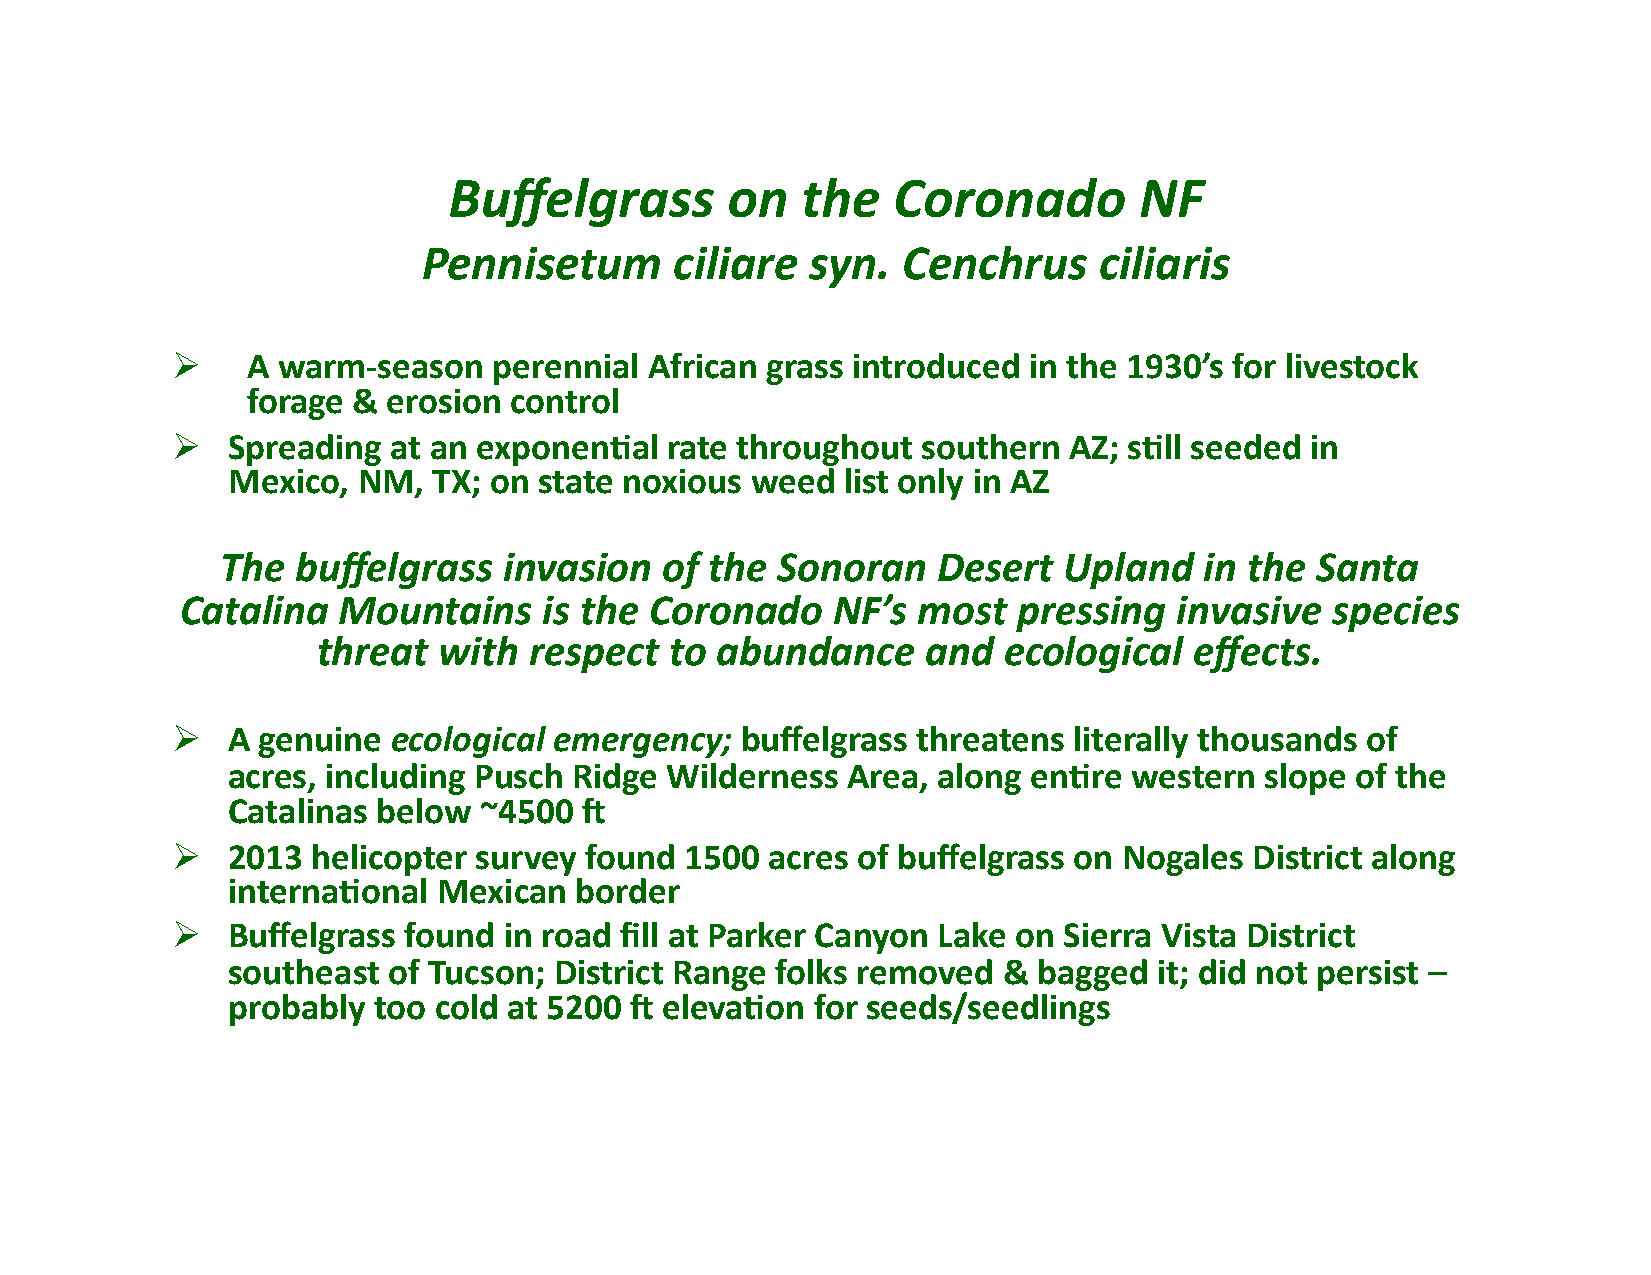
Buffelgrass       on   the   Coronado        NF
 Pennisetum       ciliare  syn.  Cenchrus     ciliaris
 !    A warm-­‐season  perennial African grass introduced in the 1930’s for livestock
 forage &  erosion control
 !   Spreading  at an exponen)al  rate throughout  southern  AZ; s)ll seeded in
 Mexico,  NM,  TX; on state noxious weed  list only in AZ
 The  buffelgrass  invasion   of the Sonoran    Desert  Upland    in the Santa
 Catalina  Mountains     is the Coronado    NF’s  most  pressing   invasive  species
 threat  with  respect  to abundance     and  ecological   effects.
 !   A genuine  ecological emergency;  buffelgrass threatens literally thousands of
 acres, including Pusch Ridge Wilderness  Area, along en)re  western  slope of the
 Catalinas below  ~4500  S
 !   2013  helicopter survey found 1500  acres of buffelgrass on Nogales District along
 interna)onal  Mexican  border
 !   Buffelgrass found in road fill at Parker Canyon Lake on Sierra Vista District
 southeast  of Tucson; District Range folks removed &  bagged  it; did not persist –
 probably  too cold at 5200 S eleva)on  for seeds/seedlings